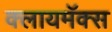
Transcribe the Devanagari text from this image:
क्लायमॅक्स